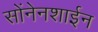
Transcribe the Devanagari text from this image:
सोंनेनशाईन